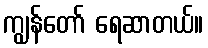
ကျွန်တော် ရေဆာတယ်။